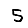
Digit: 5